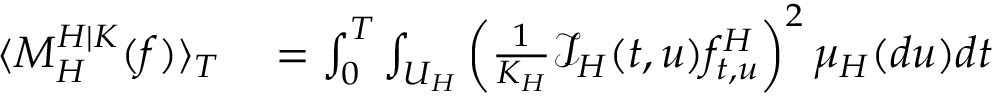
\begin{array} { r l } { \langle M _ { H } ^ { H | K } ( f ) \rangle _ { T } } & { { } = \int _ { 0 } ^ { T } \int _ { U _ { H } } \left( \frac { 1 } { K _ { H } } \mathcal { I } _ { H } ( t , u ) f _ { t , u } ^ { H } \right) ^ { 2 } \mu _ { H } ( d u ) d t } \end{array}